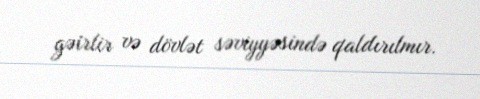
gəirlir və dövlət səviyyəsində qaldırılmır.